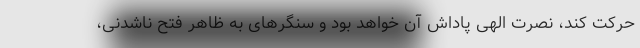
حرکت کند، نصرت الهی پاداش آن خواهد بود و سنگرهای به ظاهر فتح ناشدنی،